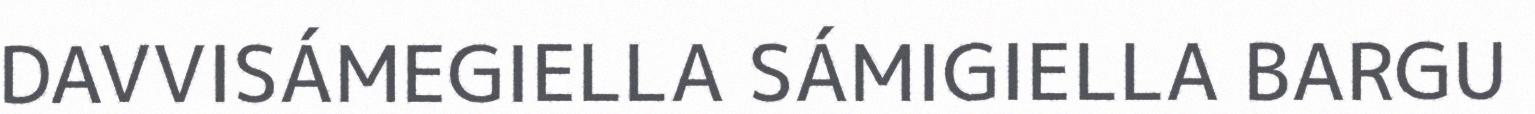
DAVVISÁMEGIELLA SÁMIGIELLA BARGU